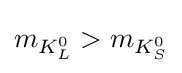
m_{K_{L}^{0}}>m_{K_{S}^{0}}